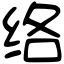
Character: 络